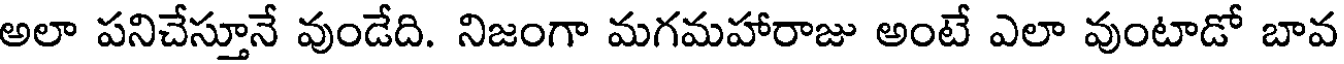
అలా పనిచేస్తూనే వుండేది. నిజంగా మగమహారాజు అంటే ఎలా వుంటాడో బావ